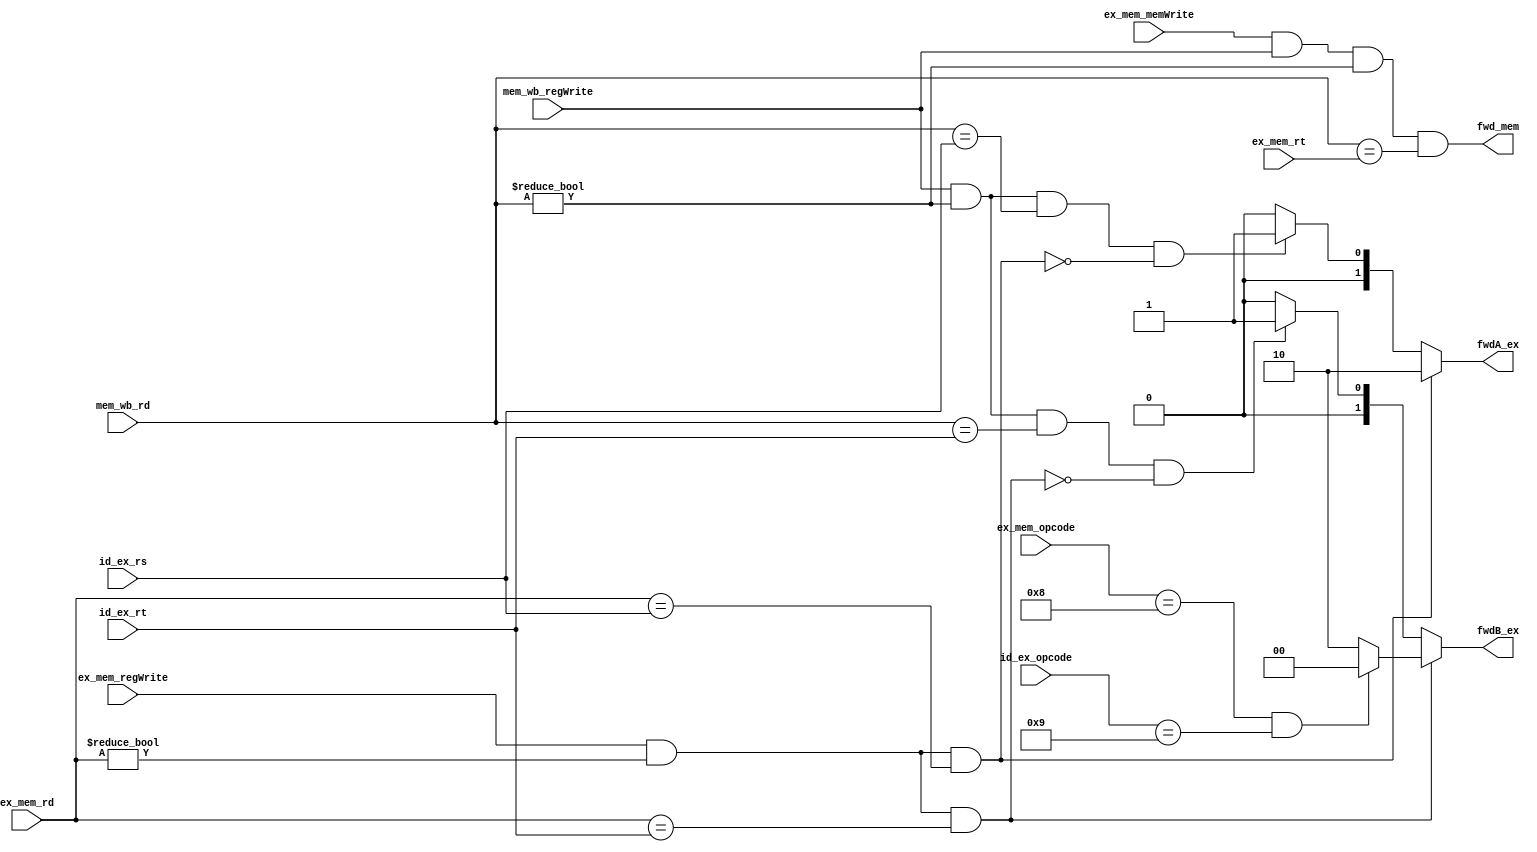
module forward(id_ex_rs, id_ex_rt, ex_mem_rd, mem_wb_rd, ex_mem_regWrite, mem_wb_regWrite,
	       ex_mem_rt, ex_mem_memWrite, fwdA_ex, fwdB_ex, fwd_mem, id_ex_opcode, ex_mem_opcode);

// get registers names (not values) as input 
input [3:0] id_ex_rs, id_ex_rt, ex_mem_rd,
	    mem_wb_rd, ex_mem_rt;
// need to know id_ex opcode and ex_mem opcode for mem-to-mem forwarding
input [3:0] id_ex_opcode, ex_mem_opcode;
// LOAD STALLS: id_ex_rd, if_id_rt, if_id_rs;
// as well as some other control signals
input ex_mem_regWrite, mem_wb_regWrite, ex_mem_memWrite;
// LOAD STALLS: id_ex_memRead, if_id_memWrite;

// output mux select signals to control forwarding
output [1:0] fwdA_ex, fwdB_ex;
output fwd_mem;
// LOAD STALLS: load_to_use_stall; 

/////////////////////////////////////
// FORWARDING MUX SELECTION TABLE //
///////////////////////////////////

// See textbook section 4.5 for EX-to-EX, MEM-to-EX, and Forward select logic

// MUX CONTROL		SOURCE

// fwdA_ex = 00		ID/EX
// fwdA_ex = 10		EX/MEM
// fwdA_ex = 01		MEM/WB

// fwdB_ex = 00		ID/EX
// fwdB_ex = 10		EX/MEM
// fwdB_ex = 01		MEM/WB

// fwd_mem = 0		EX/MEM
// fwd_mem = 1		MEM/WB - enable mem-to-mem forwarding

///////////////////////
// FORWARDING LOGIC //
/////////////////////

// FWDA_EX logic
assign fwdA_ex = (ex_mem_regWrite & (ex_mem_rd != 4'h0) & (ex_mem_rd == id_ex_rs)) ? 2'b10 : // EX-to-EX forwarding
		 (mem_wb_regWrite & (mem_wb_rd != 4'h0) & (mem_wb_rd == id_ex_rs) &
		~(ex_mem_regWrite & (ex_mem_rd != 4'h0) & (ex_mem_rd == id_ex_rs))) ? 2'b01 : // MEM-to-EX forwarding
		  2'b00;

// FWDB_EX logic
assign fwdB_ex = (ex_mem_regWrite & (ex_mem_rd != 4'h0) & (ex_mem_rd == id_ex_rt)) ? 
		 ((ex_mem_opcode == 4'b1000) & (id_ex_opcode == 4'b1001)) ? 2'b00 : 2'b10 : // EX-to-EX forwarding (don't do if MEM-to-MEM forwarding)
		 (mem_wb_regWrite & (mem_wb_rd != 4'h0) & (mem_wb_rd == id_ex_rt) &
		~(ex_mem_regWrite & (ex_mem_rd != 4'h0) & (ex_mem_rd == id_ex_rt))) ? 2'b01 : // MEM-to-EX forwarding
		  2'b00;

// MEM-to-MEM forwarding
assign fwd_mem = (ex_mem_memWrite & mem_wb_regWrite & (mem_wb_rd != 4'h0) & (mem_wb_rd == ex_mem_rt));

// TODO: MOVE TO STALL LOGIC ONCE READY
// Load-to-use stalls: uses id_ex_memRead, id_ex_rd, if_id_rt, if_id_rs, if_id_memWrite
// do not need those signals in this module once stall logic is moved
//assign load_to_use_stall = (id_ex_memRead & (id_ex_rd != 4'h0) & 
//			  ((id_ex_rd == if_id_rs) | 
//			  ((id_ex_rd == if_id_rt) & ~if_id_memWrite)));

endmodule